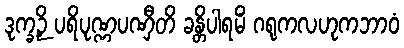
ဒုက္ခဉှိ ပရိပုဏ္ဏပဏှီတိ ခန္တိပါရမိံ ဂရုကလဟုကဘာဝံ